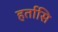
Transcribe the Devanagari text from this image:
हर्तासि